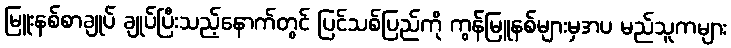
မြူးနစ်စာချုပ် ချုပ်ပြီးသည့်နောက်တွင် ပြင်သစ်ပြည်ကို ကွန်မြူနစ်များမှအပ မည်သူကများ